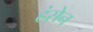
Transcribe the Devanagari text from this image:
हंसेन